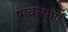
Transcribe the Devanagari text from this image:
प्रावस्थाएं